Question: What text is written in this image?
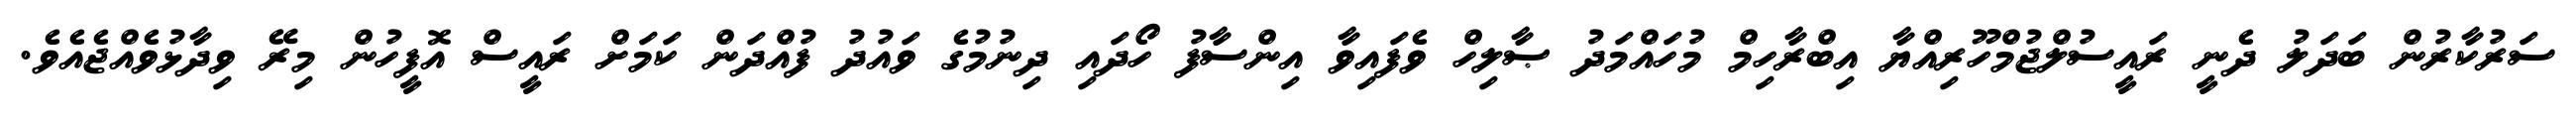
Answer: ސަރުކާރުން ބަދަލު ދެނީ ރައީސުލްޖުމްހޫރިއްޔާ އިބްރާހިމް މުހައްމަދު ޞާލިހް ވެފައިވާ އިންސާފު ހޯދައި ދިނުމުގެ ވައުދު ފުއްދަން ކަމަށް ރައީސް އޮފީހުން މިރޭ ވިދާޅުވެއްޖެއެވެ.